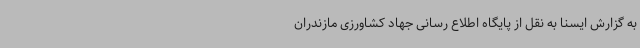
به گزارش ایسنا به نقل از پایگاه اطلاع رسانی جهاد کشاورزی مازندران